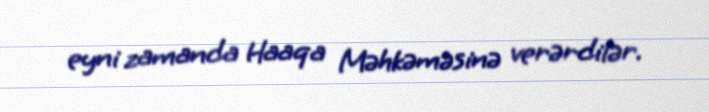
eyni zamanda Haaqa Məhkəməsinə verərdilər.